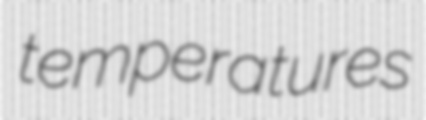
temperatures